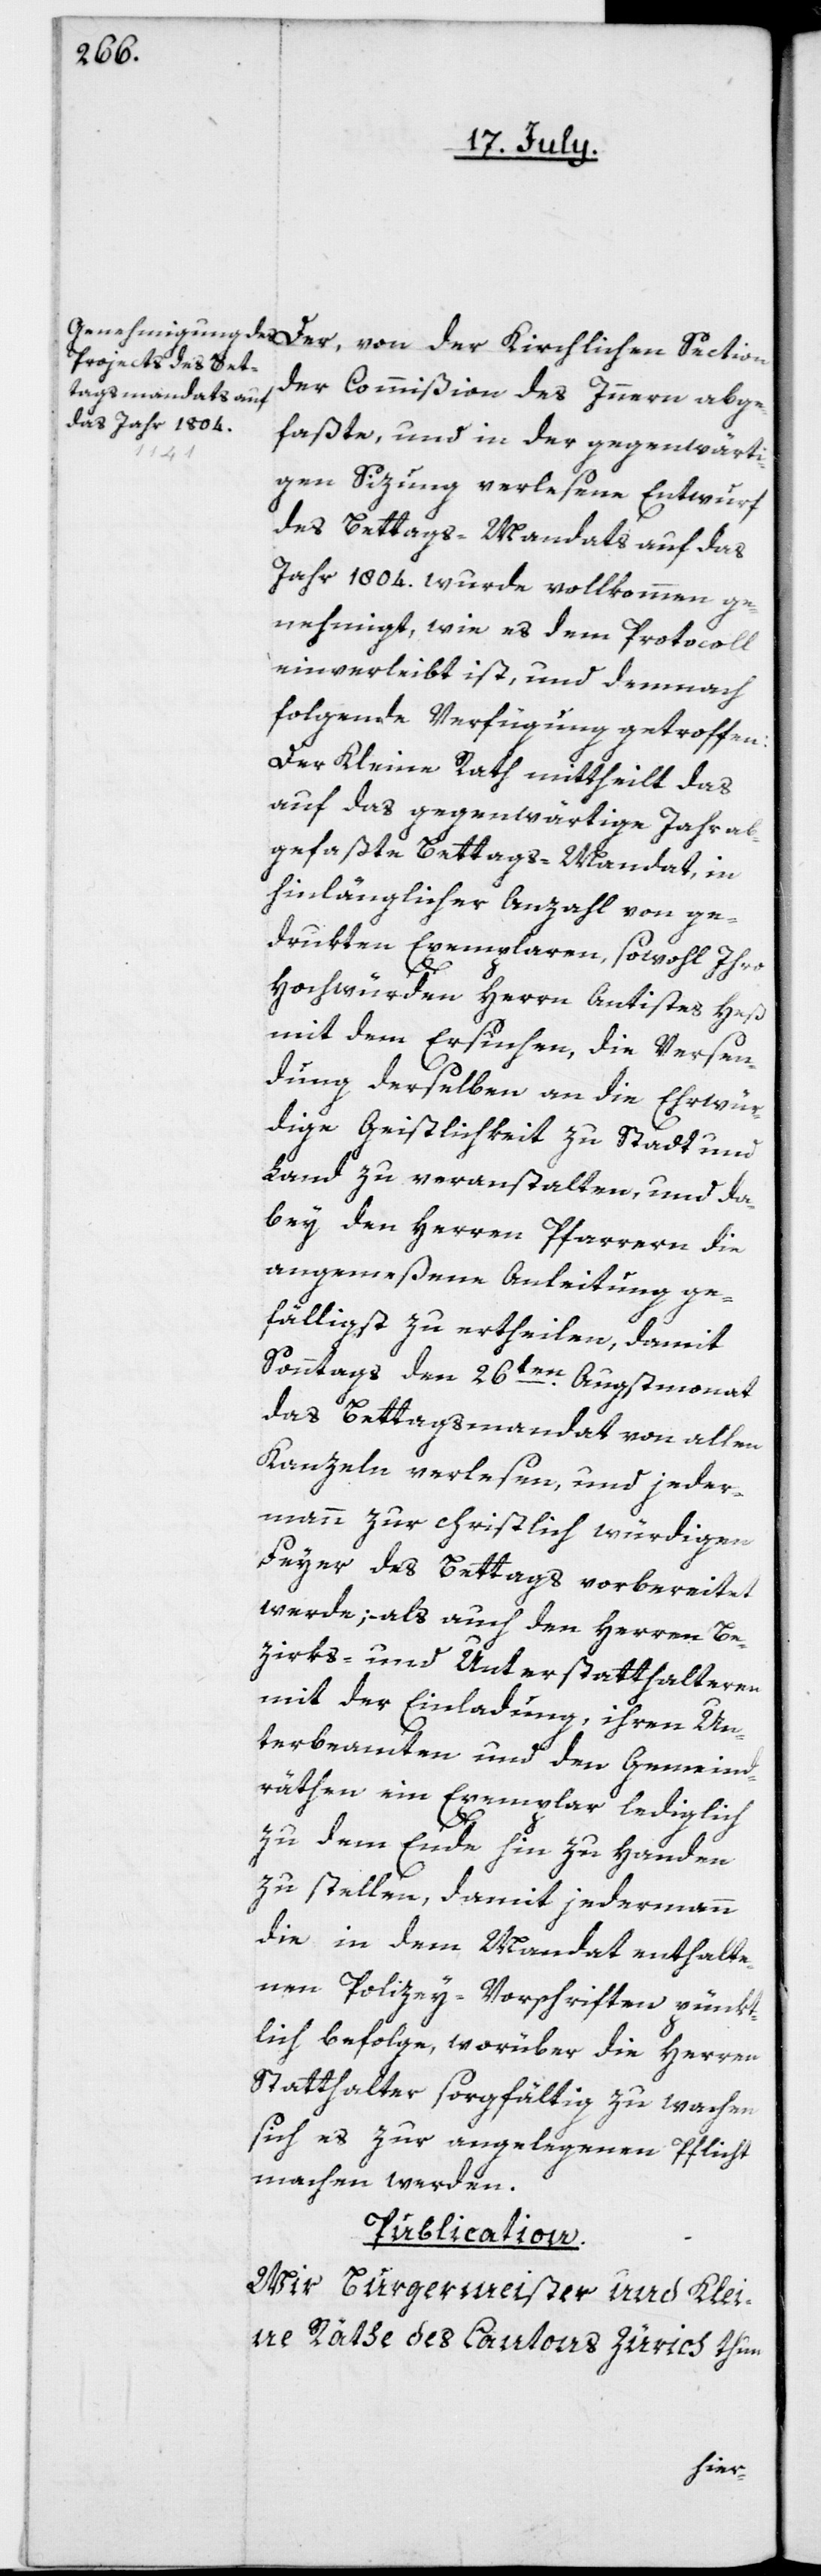
der Commißion des Innern abge¬
faßte, und in der gegenwärti¬
gen Sizung verlesene Entwurf
des Bettags-Mandats auf das
Jahr 1804. wurde vollkommen ge¬
nehmigt, wie es dem Protocoll
einverleibt ist, und demnach
folgende Verfügung getroffen:
Der Kleine Rath mittheilt das
auf das gegenwärtige Jahr ab¬
gefaßte Bettags-Mandat, in
hinlänglicher Anzahl von ge¬
drukten Exemplaren, sowohl Ihro
Hochwürden Herrn Antistes Heß
mit dem Ersuchen, die Versen¬
dung derselben an die Ehrwür¬
dige Geistlichkeit zu Stadt und
Land zu veranstalten, und da¬
bey den Herren Pfarrern die
angemeßene Anleitung ge¬
fälligst zu ertheilen, damit
Sonntags den 26ten Augstmonat
das Bettagsmandat von allen
Kanzeln verlesen, und jeder¬
mann zur christlich würdigen
Feyer des Bettags vorbereitet
werde; als auch den Herren Be¬
zirks- und Unterstatthalteren
mit der Einladung, ihren Un¬
terbeamten und den Gemeind¬
räthen ein Exemplar lediglich
zu dem Ende hin zu Handen
zu stellen, damit jedermann
die in dem Mandat enthalte¬
nen Polizey-Vorschriften pünkt¬
lich befolge, worüber die Herren
Statthalter sorgfältig zu wachen
sich es zur angelegenen Pflicht
machen werden.
Publication.
Wir Burgermeister und Klei¬
ne Räthe des Cantons Zürich thun